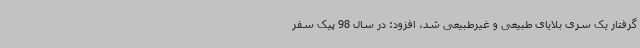
گرفتار یک سری بلایای طبیعی و غیرطبیعی شد، افزود: در سال 98 پیک سفر